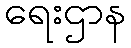
ရေးဌာန